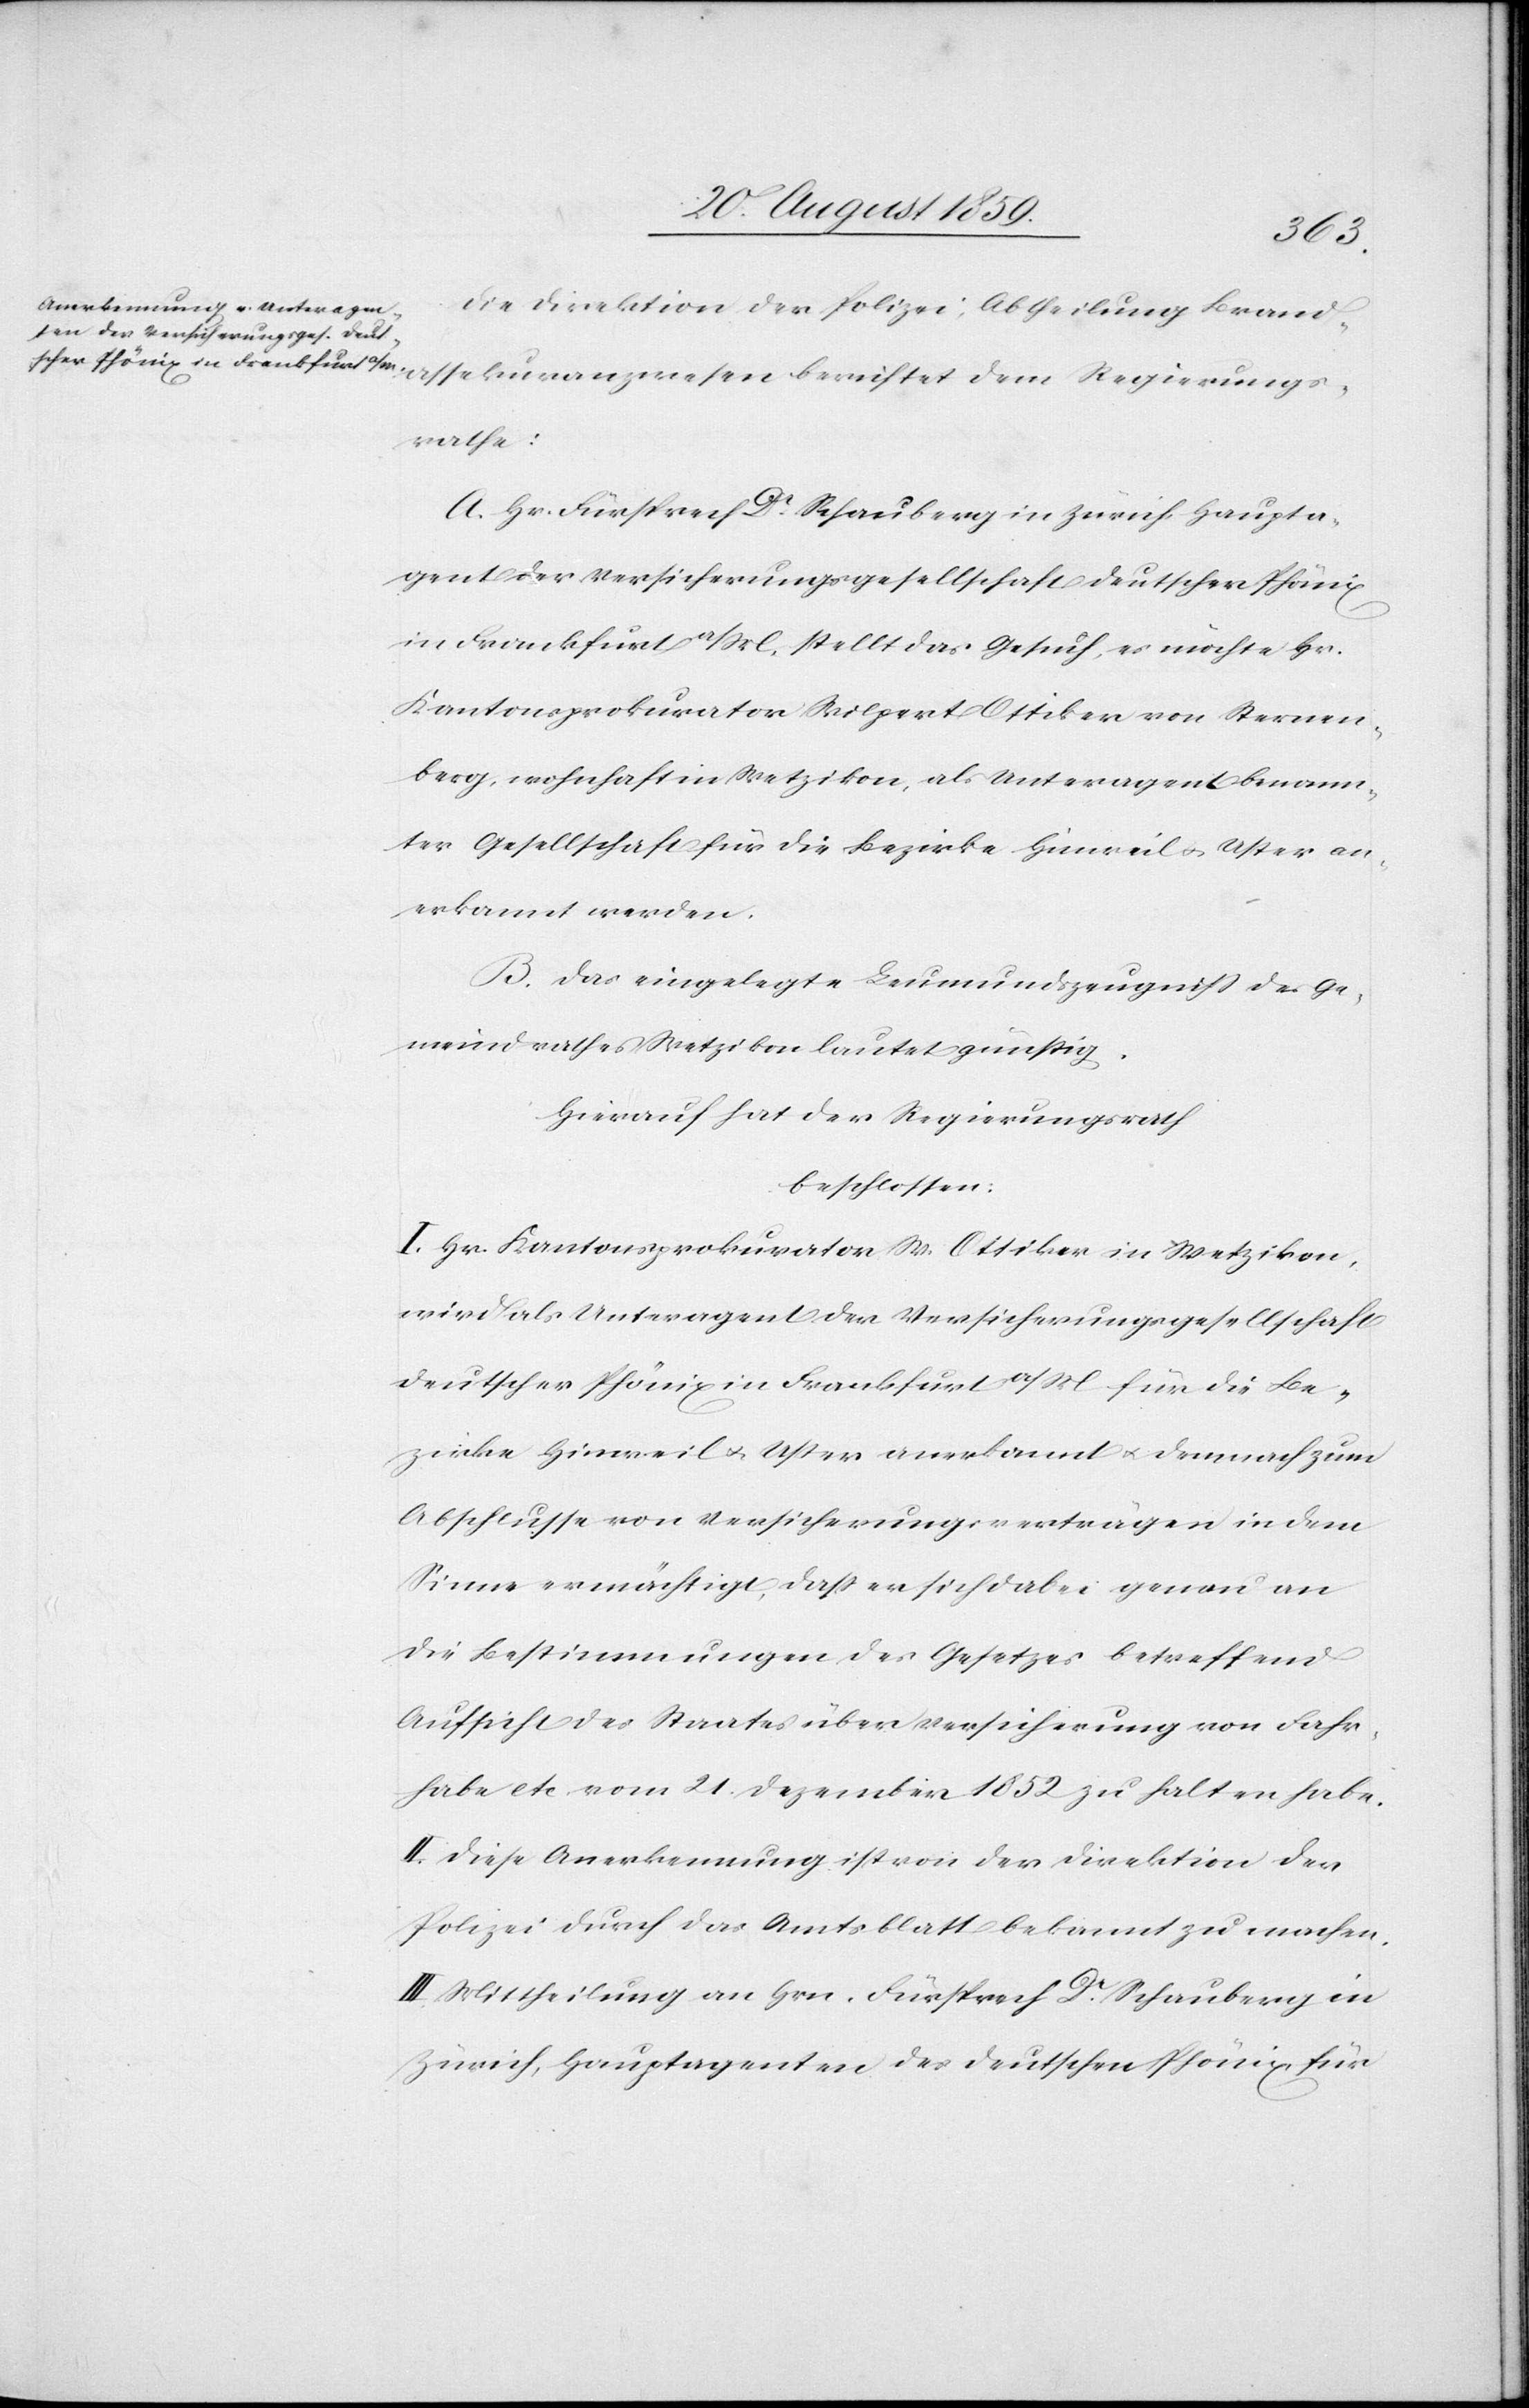
anzwesen
Die Direktion der Polizei, Abtheilung Brand¬
A. Hr. Fürsprech Dr. Schauberg in Zürich Haupta¬
gent der Versicherungsgesellschaft Deutscher Phönix
in Frankfurt a/M. stellt das Gesuch, es möchte Hr.
Kantonsprokurator Wilpert Ottiker von Sternen¬
berg, wohnhaft in Wetzikon, als Unteragent benann¬
ter Gesellschaft für die Bezirke Hinweil & Uster an¬
erkannt werden.
B. Das eingelegte Leumundszeugniß des Ge¬
meindrathes Wetzikon lautet günstig.
Hierauf hat der Regierungsrath
beschlossen:
I. Hr. Kantonsprokurator W. Ottiker in Wetzikon,
wird als Unteragent der Versicherungsgesellschaft
Deutscher Phönix in Frankfurt a/M für die Be¬
zirke Hinweil & Uster anerkannt & demnach zum
Abschlusse von Versicherungsverträgen in dem
Sinne ermächtigt, daß er sich dabei genau an
die Bestimmungen des Gesetzes betreffend
Aufsicht des Staates über Versicherung von Fahr¬
habe etc. vom 21. Dezember 1852 zu halten habe.
II. Diese Anerkennung ist von der Direktion der
Polizei durch das Amtsblatt bekannt zu machen.
III. Mittheilung an Hrn. Fürsprech Dr. Schauberg in
Zürich, Hauptagenten des deutschen Phönix für